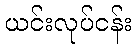
ယင်းလုပ်ငန်း